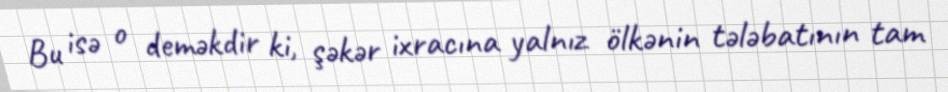
Bu isə o deməkdir ki, şəkər ixracına yalnız ölkənin tələbatının tam